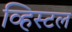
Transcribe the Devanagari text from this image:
व्हिस्टल